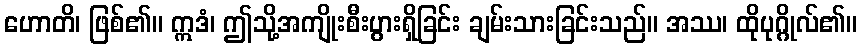
ဟောတိ၊ ဖြစ်၏။ ဣဒံ၊ ဤသို့အကျိုးစီးပွားရှိခြင်း ချမ်းသားခြင်းသည်။ အဿ၊ ထိုပုဂ္ဂိုလ်၏။